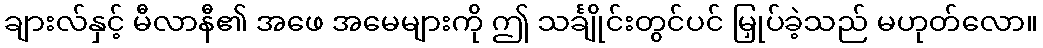
ချားလ်နှင့် မီလာနီ၏ အဖေ အမေများကို ဤ သင်္ချိုင်းတွင်ပင် မြှုပ်ခဲ့သည် မဟုတ်လော။